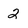
Character: 2